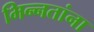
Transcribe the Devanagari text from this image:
भिन्नतांना